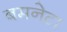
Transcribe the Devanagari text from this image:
बमनेटा